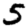
Digit: 5